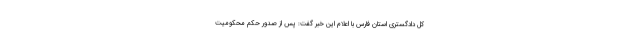
کل دادگستری استان فارس با اعلام این خبر گفت: پس از صدور حکم محکومیت